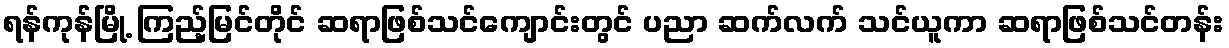
ရန်ကုန်မြို့ ကြည့်မြင်တိုင် ဆရာဖြစ်သင်ကျောင်းတွင် ပညာ ဆက်လက် သင်ယူကာ ဆရာဖြစ်သင်တန်း